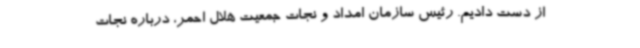
از دست دادیم. رئیس سازمان امداد و نجات جمعیت هلال احمر، درباره نجات